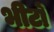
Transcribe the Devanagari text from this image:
भीटों